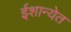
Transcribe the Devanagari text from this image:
ईशान्येत